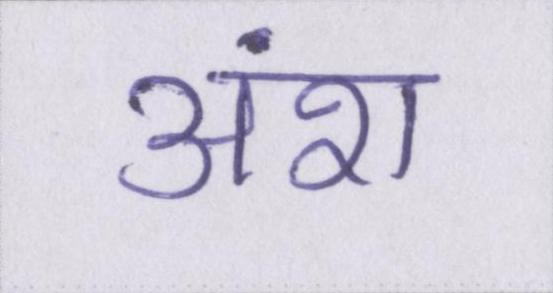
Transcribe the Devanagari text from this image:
अंश